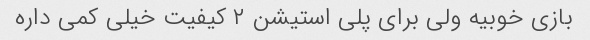
بازی خوبیه ولی برای پلی استیشن ۲ کیفیت خیلی کمی داره